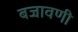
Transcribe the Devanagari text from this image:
बजावणी